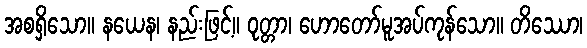
အစရှိသော။ နယေန၊ နည်းဖြင့်။ ဝုတ္တာ၊ ဟောတော်မူအပ်ကုန်သော။ တိဿော၊